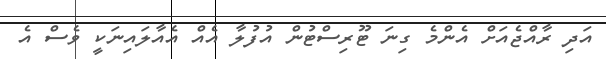
އަދި ރާއްޖެއަށް އެންމެ ގިނަ ޓޫރިސްޓުން އުފުލާ އެއް އެއާލައިނަކީ ވެސް އެ